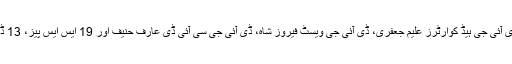
ذرائع کے مطابق جن افسران کو نوٹس جاری کئے گئے ہیں ان میں ڈی آئی جی ہیڈ کوارٹرز علیم جعفری، ڈی آئی جی ویسٹ فیروز شاہ، ڈی آئی جی سی آئی ڈی عارف حنیف اور 19 ایس ایس پیز، 13 ڈی ایس پیز اور سات اے ایس آئی، کلرک اور جونئیر کلرک شامل ہیں۔